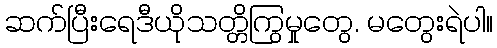
ဆက်ပြီးရေဒီယိုသတ္တိကြွမှုတွေ. မတွေးရဲပါ။